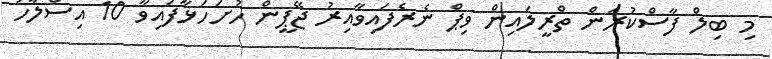
މި ބިލް ފާސްކުރަން ތްރީލައިން ވިޕް ނެރެފައިވާއިރު ޖޭޕީން ހުށަހަޅާފައިވާ 10 އިސްލާހު